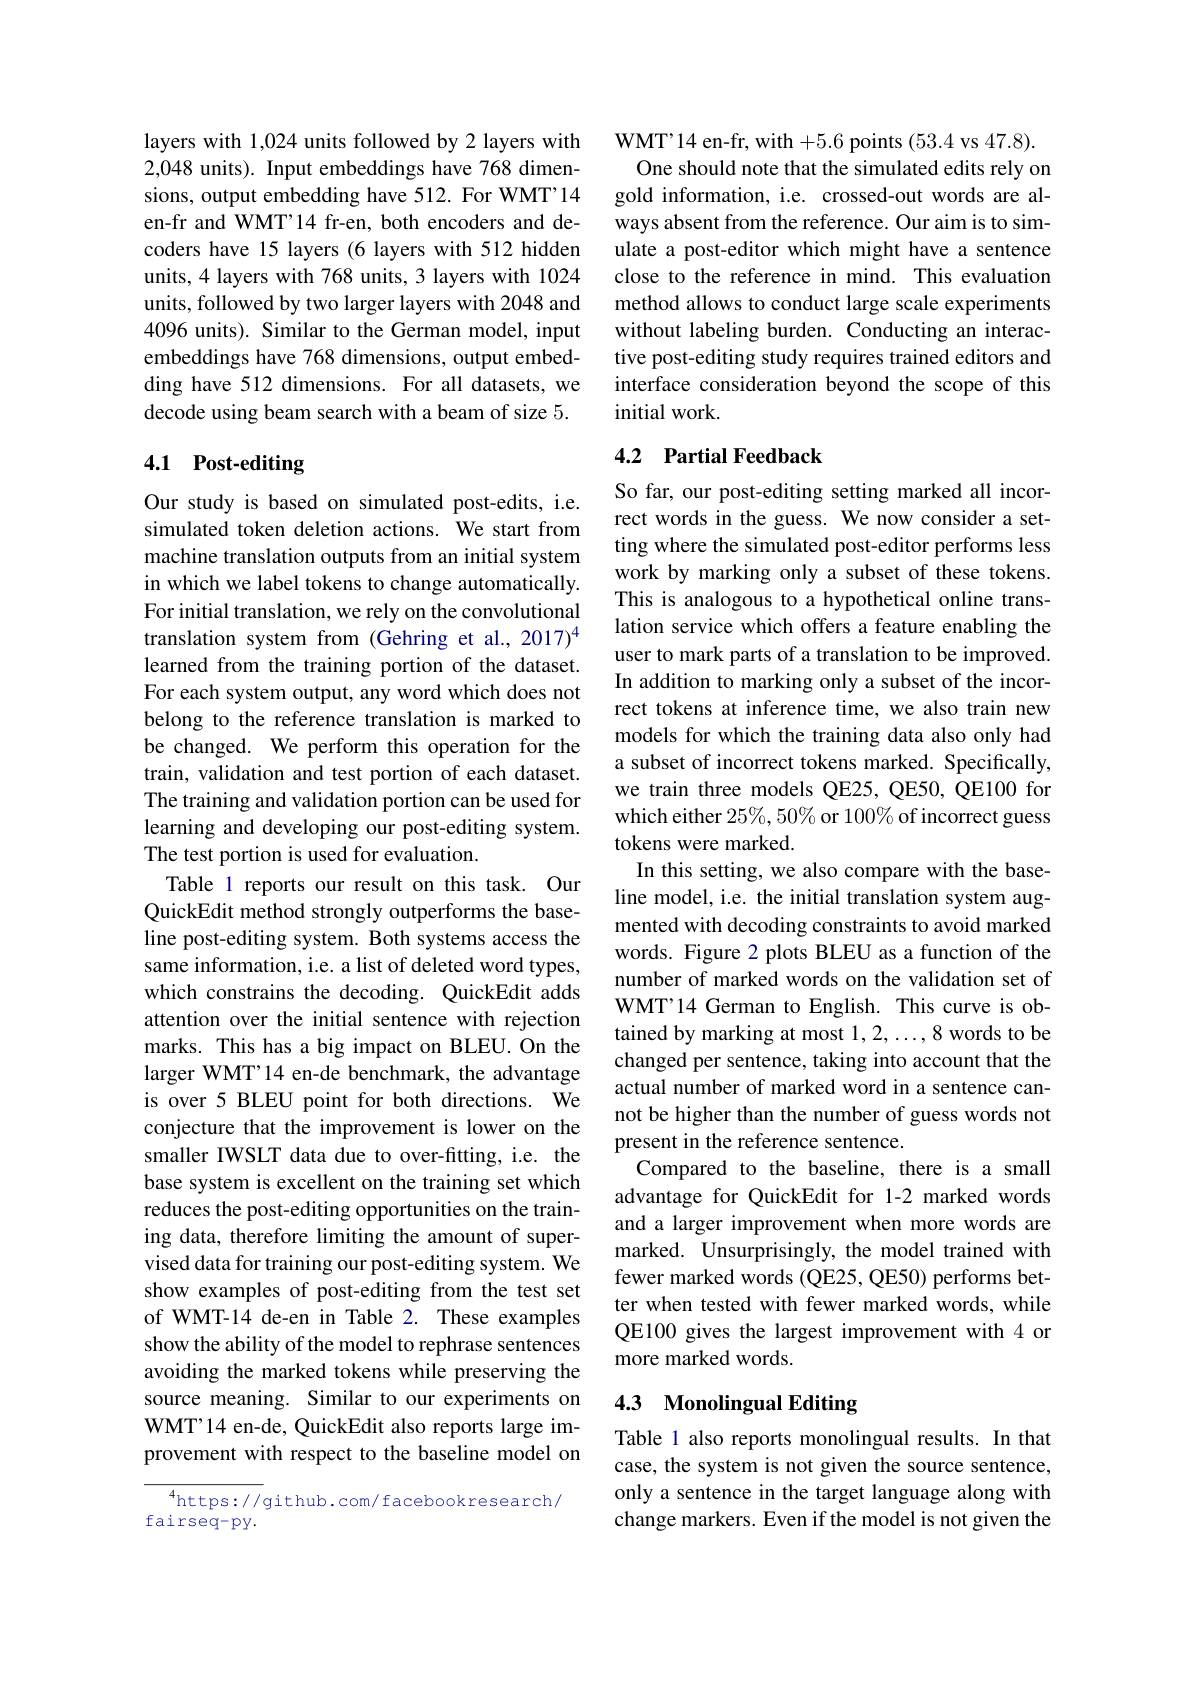
layers with 1,024 units followed by 2 layers with 2,048 units). Input embeddings have 768 dimensions, output embedding have 512. For WMT'14 en-fr and WMT'14 fr-en, both encoders and decoders have 15 layers (6 layers with 512 hidden units, 4 layers with 768 units, 3 layers with 1024 units, followed by two larger layers with 2048 and 4096 units). Similar to the German model, input embeddings have 768 dimensions, output embedding have 512 dimensions. For all datasets, we decode using beam search with a beam of size 5.

## 4.1 Post-editing

Our study is based on simulated post-edits, i.e. simulated token deletion actions. We start from machine translation outputs from an initial system in which we label tokens to change automatically. For initial translation, we rely on the convolutional translation system from (Gehring et al.,2017) learned from the training portion of the dataset. For each system output, any word which does not belong to the reference translation is marked to be changed. We perform this operation for the train, validation and test portion of each dataset. The training and validation portion can be used for learning and developing our post-editing system. The test portion is used for evaluation.
Table 1 reports our result on this task. Our QuickEdit method strongly outperforms the baseline post-editing system. Both systems access the same information, i.e. a list of deleted word types, which constrains the decoding. QuickEdit adds attention over the initial sentence with rejection marks. This has a big impact on BLEU. On the larger WMT'14 en-de benchmark, the advantage is over 5 BLEU point for both directions. We conjecture that the improvement is lower on the smaller IWSLT data due to over-fitting, i.e. the base system is excellent on the training set which reduces the post-editing opportunities on the training data, therefore limiting the amount of supervised data for training our post-editing system. We show examples of post-editing from the test set of WMT-14 de-en in Table 2. These examples show the ability of the model to rephrase sentences avoiding the marked tokens while preserving the source meaning. Similar to our experiments on WMT'14 en-de, QuickEdit also reports large improvement with respect to the baseline model on

$^{4}$https://github.com/facebookresearch/
fairseq-py.

WMT'14 en-fr, with +5.6 points (53.4 vs 47.8). One should note that the simulated edits rely on
gold information, i.e. crossed-out words are always absent from the reference. Our aim is to simulate a post-editor which might have a sentence close to the reference in mind. This evaluation method allows to conduct large scale experiments without labeling burden. Conducting an interactive post-editing study requires trained editors and interface consideration beyond the scope of this initial work

## 4.2 Partial Feedback

So far, our post-editing setting marked all incorrect words in the guess. We now consider a setting where the simulated post-editor performs less work by marking only a subset of these tokens. This is analogous to a hypothetical online translation service which offers a feature enabling the user to mark parts of a translation to be improved. In addition to marking only a subset of the incorrect tokens at inference time, we also train new models for which the training data also only had a subset of incorrect tokens marked. Specifically, we train three models QE25, QE50, QE100 for which either $25\%,50\%$ or 100% of incorrect guess tokens were marked.
In this setting, we also compare with the baseline model, i.e. the initial translation system augmented with decoding constraints to avoid marked words. Figure 2 plots BLEU as a function of the number of marked words on the validation set of WMT'14 German to English. This curve is obtained by marking at most 1,2,...,8 words to be changed per sentence, taking into account that the actual number of marked word in a sentence cannot be higher than the number of guess words not present in the reference sentence.
Compared to the baseline, there is a small advantage for QuickEdit for 1-2 marked words and a larger improvement when more words are marked. Unsurprisingly, the model trained with fewer marked words (QE25, QE50) performs better when tested with fewer marked words, while QE100 gives the largest improvement with 4 or more marked words.
4.3 Monolingual Editing

Table 1 also reports monolingual results. In that case, the system is not given the source sentence, only a sentence in the target language along with change markers. Even if the model is not given the